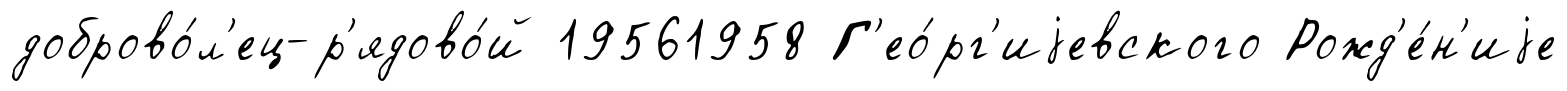
доброво́л'ец-р'ядово́й 19561958 Г'ео́рг'иjевского Рожд'е́н'иjе